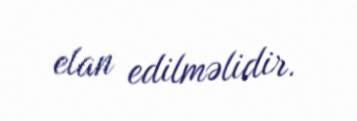
elan edilməlidir.